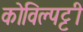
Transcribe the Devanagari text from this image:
कोविल्पट्टी